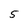
Character: 5